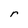
Character: r